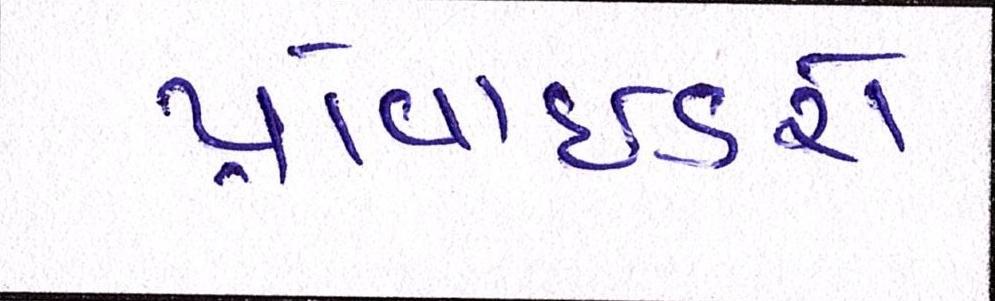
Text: પ્રોવાઈડરો